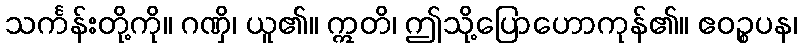
သင်္ကန်းတို့ကို။ ဂဏှိ၊ ယူ၏။ ဣတိ၊ ဤသို့ပြောဟောကုန်၏။ ဧဝဉ္စပန၊